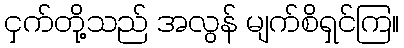
ငှက်တို့သည် အလွန် မျက်စိရှင်ကြ။